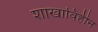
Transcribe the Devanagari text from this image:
शाखाविहीन